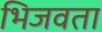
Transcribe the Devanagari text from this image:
भिजवता